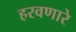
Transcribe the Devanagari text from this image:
हरवणारे